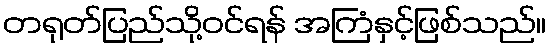
တရုတ်ပြည်သို့ဝင်ရန် အကြံနှင့်ဖြစ်သည်။